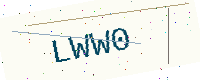
Text: LWW0